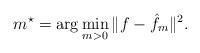
LaTeX: \begin{align*}m^\star= \arg\min_{m>0 } \| f- \hat{f}_{m} \|^2. \end{align*}